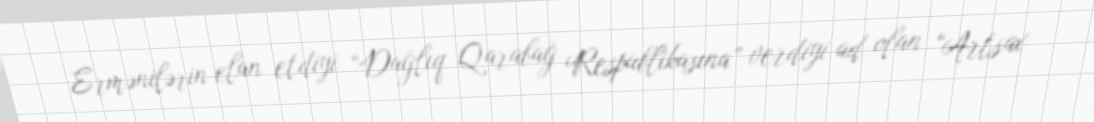
Ermənilərin elan etdiyi “Dağlıq Qarabağ Respublikasına” verdiyi ad olan “Artsax